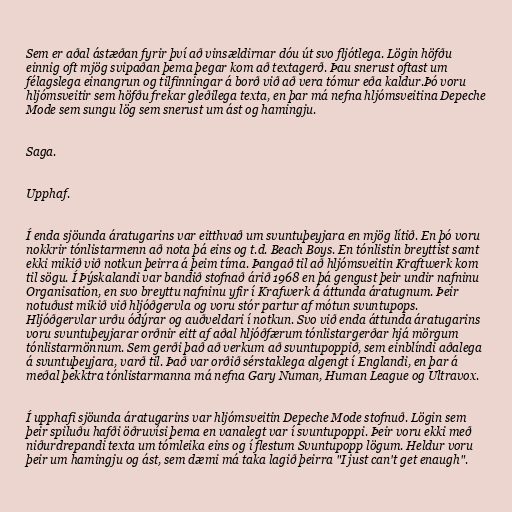
Sem er aðal ástæðan fyrir því að vinsældirnar dóu út svo fljótlega. Lögin höfðu
einnig oft mjög svipaðan þema þegar kom að textagerð. Þau snerust oftast um
félagslega einangrun og tilfinningar á borð við að vera tómur eða kaldur.Þó voru
hljómsveitir sem höfðu frekar gleðilega texta, en þar má nefna hljómsveitina Depeche
Mode sem sungu lög sem snerust um ást og hamingju.

Saga.

Upphaf.

Í enda sjöunda áratugarins var eitthvað um svuntuþeyjara en mjög lítið. En þó voru
nokkrir tónlistarmenn að nota þá eins og t.d. Beach Boys. En tónlistin breyttist samt
ekki mikið við notkun þeirra á þeim tíma. Þangað til að hljómsveitin Kraftwerk kom
til sögu. Í Þýskalandi var bandið stofnað árið 1968 en þá gengust þeir undir nafninu
Organisation, en svo breyttu nafninu yfir í Krafwerk á áttunda áratugnum. Þeir
notuðust mikið við hljóðgervla og voru stór partur af mótun svuntupops.
Hljóðgervlar urðu ódýrar og auðveldari í notkun. Svo við enda áttunda áratugarins
voru svuntuþeyjarar orðnir eitt af aðal hljóðfærum tónlistargerðar hjá mörgum
tónlistarmönnum. Sem gerði það að verkum að svuntupoppið, sem einblíndi aðalega
á svuntuþeyjara, varð til. Það var orðið sérstaklega algengt í Englandi, en þar á
meðal þekktra tónlistarmanna má nefna Gary Numan, Human League og Ultravox.

Í upphafi sjöunda áratugarins var hljómsveitin Depeche Mode stofnuð. Lögin sem
þeir spiluðu hafði öðruvísi þema en vanalegt var í svuntupoppi. Þeir voru ekki með
niðurdrepandi texta um tómleika eins og í flestum Svuntupopp lögum. Heldur voru
þeir um hamingju og ást, sem dæmi má taka lagið þeirra "I just can't get enaugh".